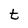
Character: t